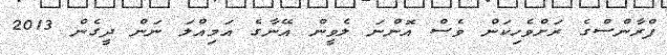
ފްރާންސްގެ ރަށްވެހިކަން ވެސް އޮންނަ ލެވީން އޭނާގެ އަމިއްލަ ނަން ދީގެން 2013